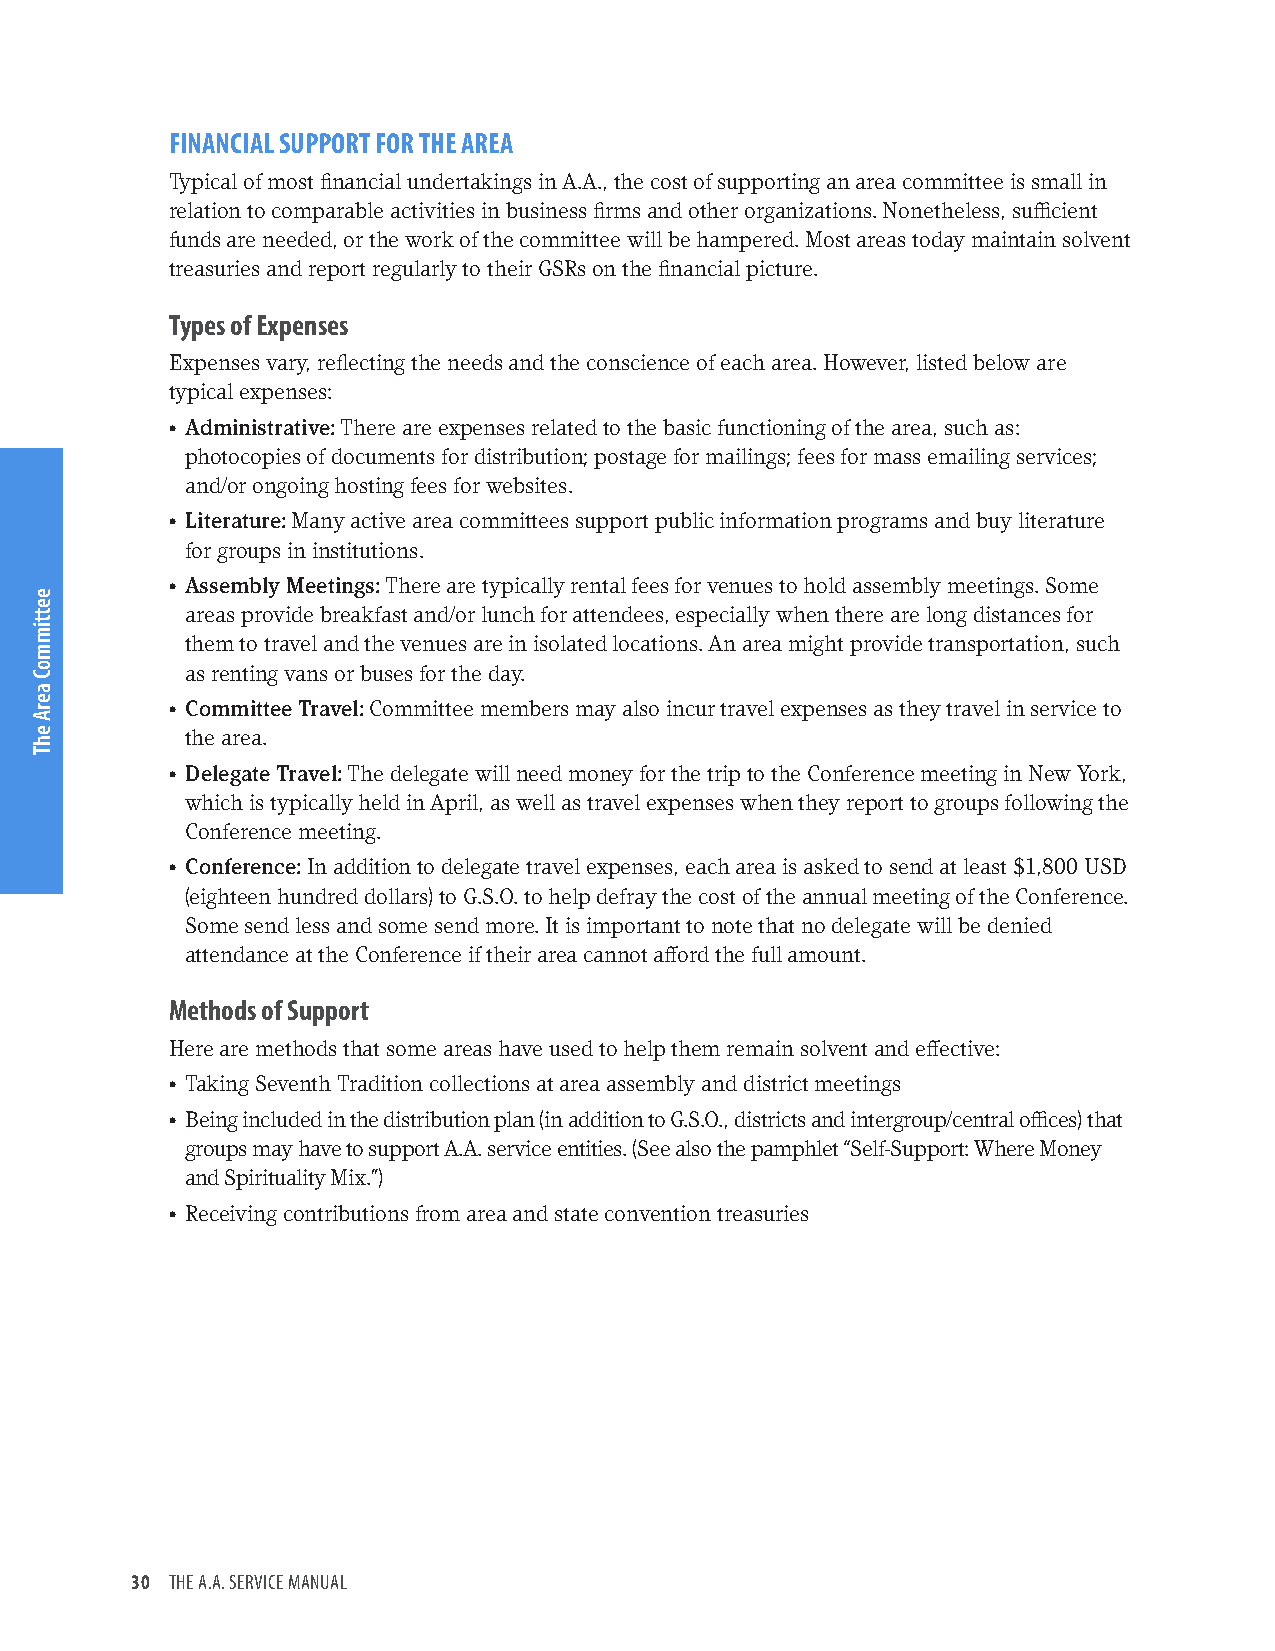
FINANCIAL SUPPORT FOR THE AREA
 Typical of most financial undertakings in A.A., the cost of supporting an area committee is small in
 relation to comparable activities in business firms and other organizations. Nonetheless, sufficient
 funds are needed, or the work of the committee will be hampered. Most areas today maintain solvent
 treasuries and report regularly to their GSRs on the financial picture.
 Types of Expenses
 Expenses vary, reflecting the needs and the conscience of each area. However, listed below are
 typical expenses:
 • Administrative: There are expenses related to the basic functioning of the area, such as:
 photocopies of documents for distribution; postage for mailings; fees for mass emailing services;
 and/or ongoing hosting fees for websites.
 • Literature: Many active area committees support public information programs and buy literature
 for groups in institutions.
 • Assembly Meetings: There are typically rental fees for venues to hold assembly meetings. Some
 areas provide breakfast and/or lunch for attendees, especially when there are long distances for
 them to travel and the venues are in isolated locations. An area might provide transportation, such
 as renting vans or buses for the day.
 • Committee Travel: Committee members may also incur travel expenses as they travel in service to
 the area.
 • Delegate Travel: The delegate will need money for the trip to the Conference meeting in New York,
 which is typically held in April, as well as travel expenses when they report to groups following the
 Conference meeting.
 • Conference: In addition to delegate travel expenses, each area is asked to send at least $1,800 USD
 (eighteen hundred dollars) to G.S.O. to help defray the cost of the annual meeting of the Conference.
 Some send less and some send more. It is important to note that no delegate will be denied
 attendance at the Conference if their area cannot afford the full amount.
 Methods of Support
 Here are methods that some areas have used to help them remain solvent and effective:
 • Taking Seventh Tradition collections at area assembly and district meetings
 • Being included in the distribution plan (in addition to G.S.O., districts and intergroup/central offices) that
 groups may have to support A.A. service entities. (See also the pamphlet “Self-Support: Where Money
 and Spirituality Mix.”)
 • Receiving contributions from area and state convention treasuries
 30 THE A.A. SERVICE MANUAL
 eettimmoC
 aerA
 ehT